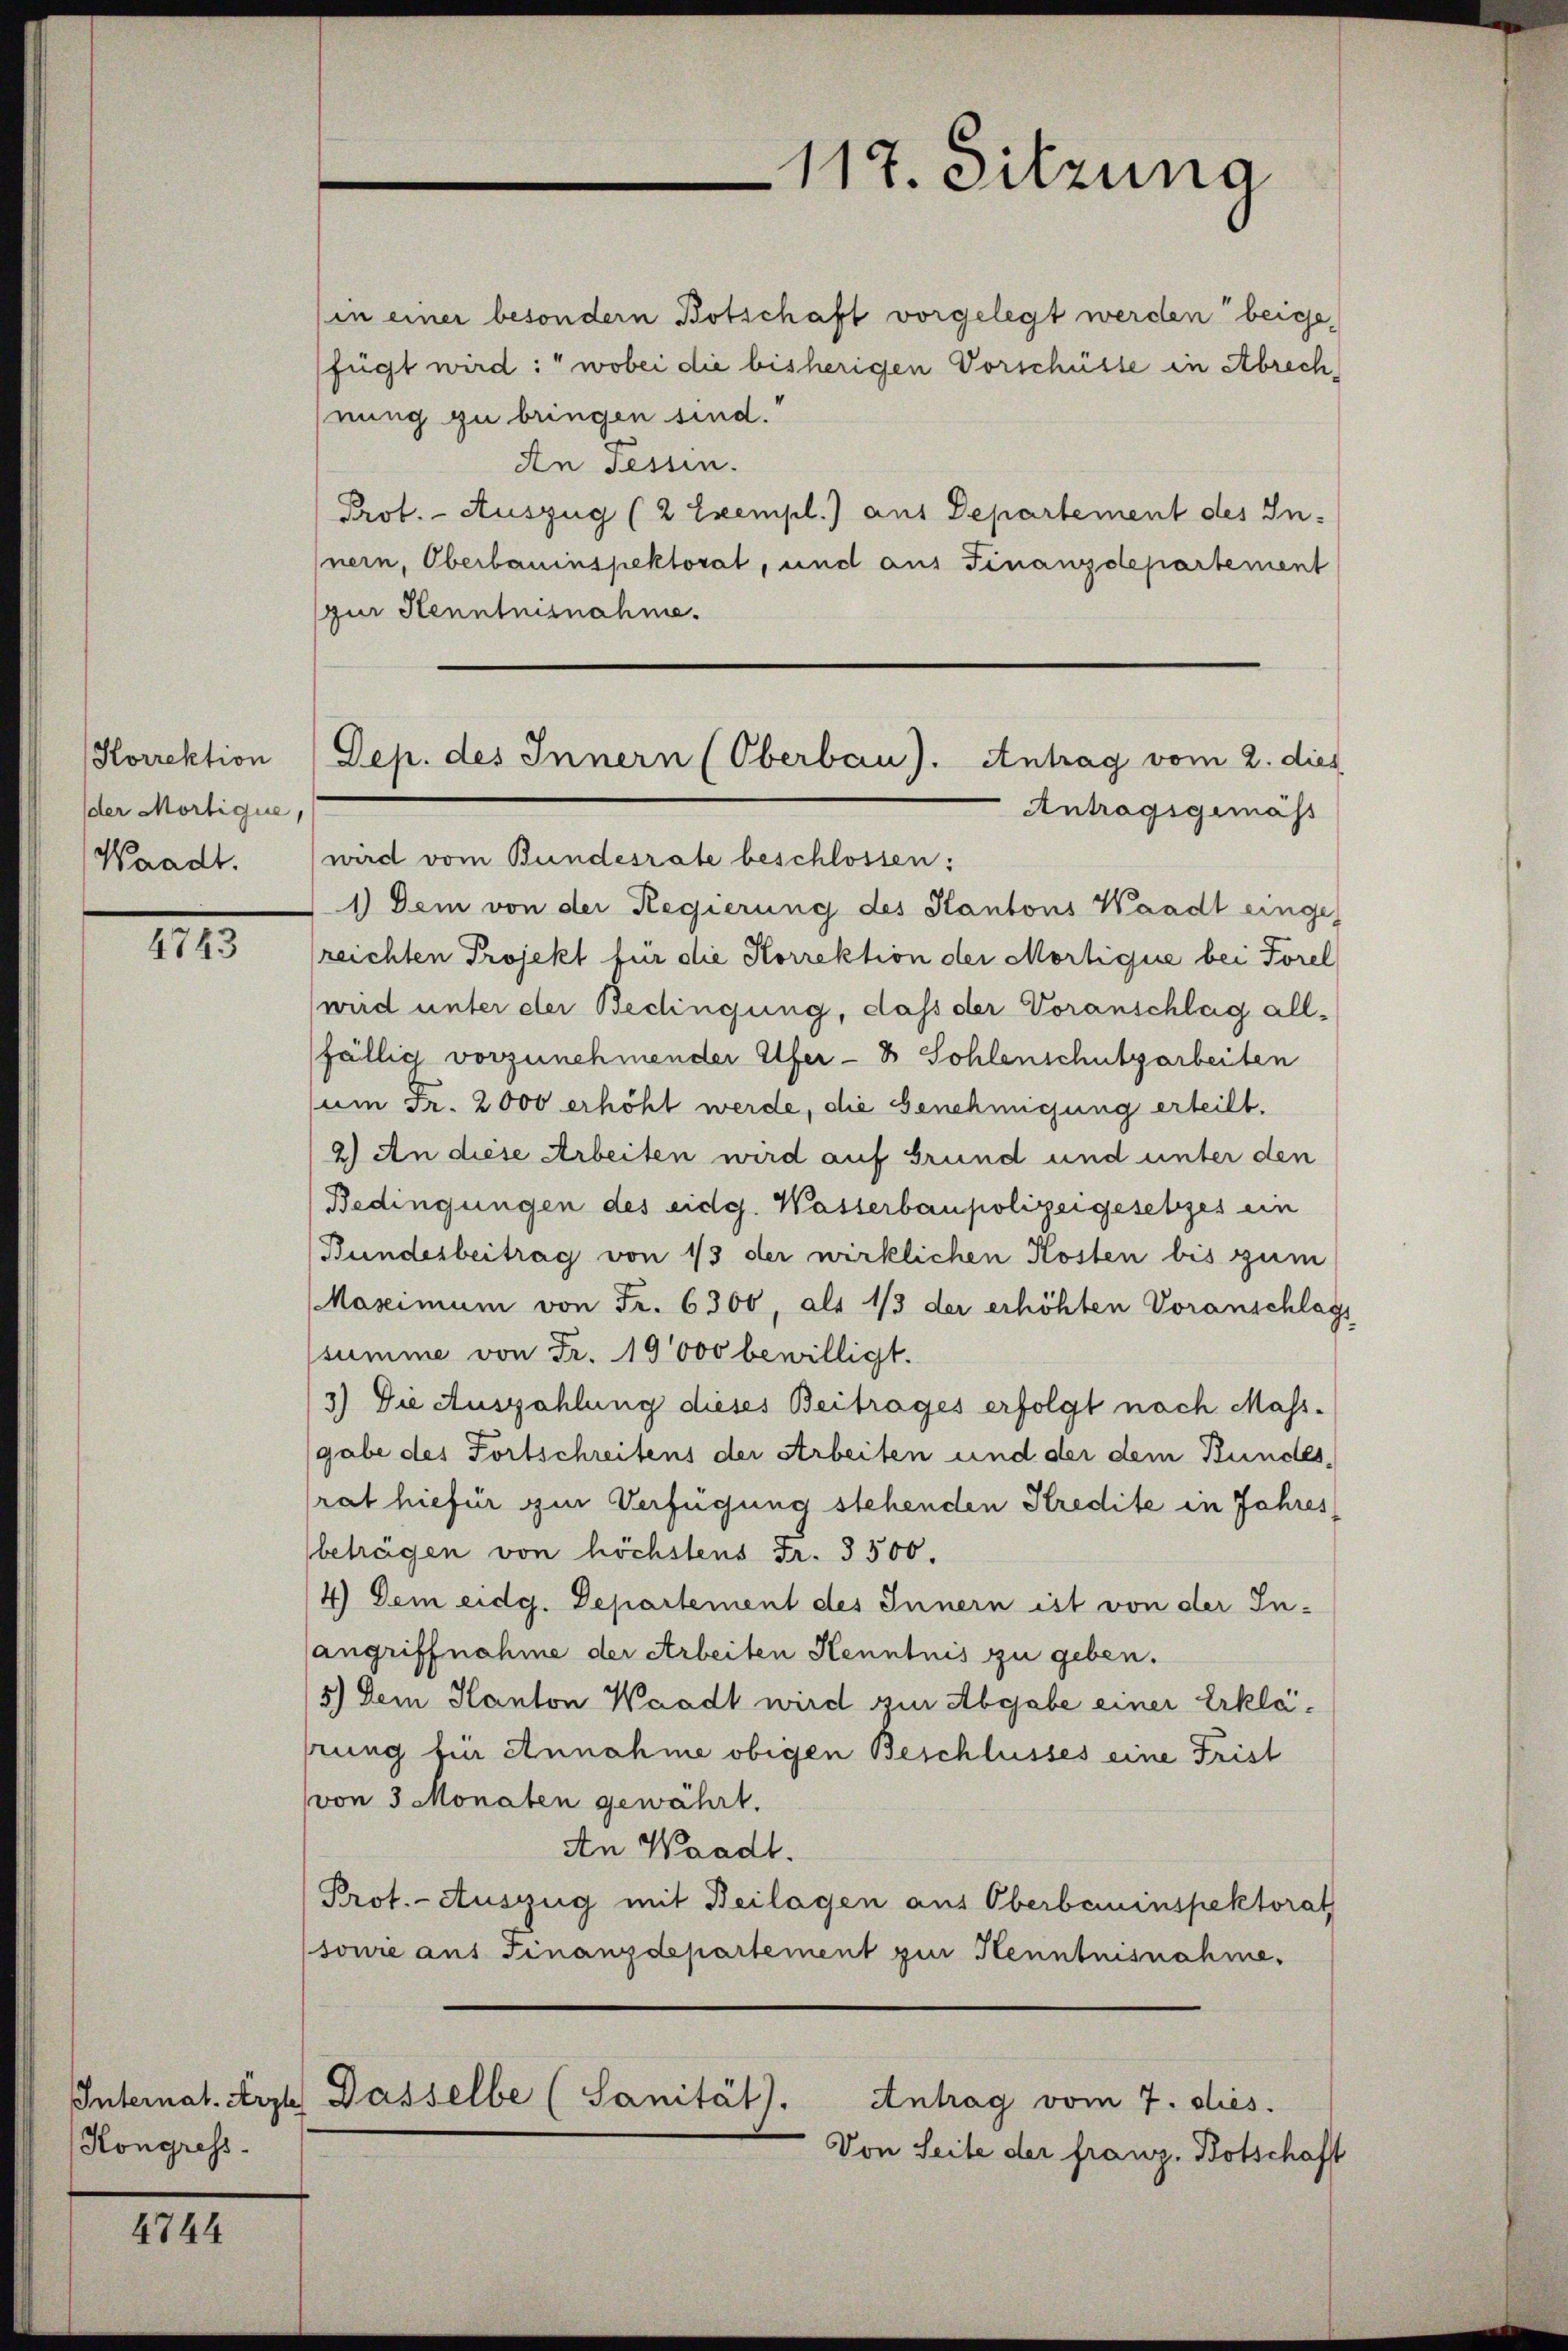
Korrektion
der Mortigue,
Waadt.

4743

Internat. Arzte
Kongress

4744

nung zu bringen sind.
An Fessen.
Prot. - Auszug (2 Exempl.) aus Departement des In-
nern, Oberbauinspektorat, und aus Finanzdepartement
zur Henntnisnahme.
Antragsgemäss
wird vom Bundesrate beschlossen:
1.) Dem von der Regierung des Kantons Waadt einge
reichten Projekt für die Korrektion der Mortique bei Forel
wird unter der Bedingung, daß der Voranschlag allfällig vorzunehmender Ufer- & Sohlenschutzarbeiten
um Fr. 2000 erhöht werde, die Genehmigung erteilt.
2.) An diese Arbeiten wird auf Grund und unter den
Bedingungen des eidg. Wasserbaupolizeigesetzes ein
Bundesbeitrag von 1/3 der wirklichen Kosten bis zum
MMaximum von Fr. 6300, als 1/3 der erhöhten Voranschlags
summe von Fr. 10000 bewilligt.
3) Die Auszahlung dieses Beitrages erfolgt nach Massgabe des Fortschreitens der Arbeiten und der dem Bundes,
rat hiefür zur Verfügung stehenden Kredite in Jahres
beträgen von höchstens Fr. 3500.
4) Dem eidg. Departement des Innern ist von der Inangriffnahme der Arbeiten Kenntnis zu geben.
5.) Dem Kanton Waadt wird zur Abgabe einer Erklährung für Annahme obigen Beschlusses eine Frist
von 3 Monaten gewährt.
An Waadt.
Prot. - Auszug mit Beilagen aus Oberbauinspektorat
soure aus Finanzdepartement zur Henntnisnahme.
Dasselbe (Sanität).
Antrag vom 7. dies.
Von Seite der franz. Botschaft

(in einer besondern Botschaft vorgelegt werden beigefügt wird: wobei die bisherigen Vorschüsse in Abrech

117. Sitzuna

Dep. des Innern (Oberbau). Antrag vom 2. dies